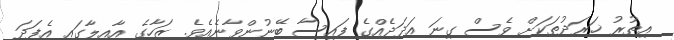
އިތުރު ޚަރަދުތަކަށް ވެސް ގިނަ އަދަދެއްގެ ފައިސާ ބޭނުންވާނެއެވެ. ޒަހާގެ އާއިލާގައި އެފަދަ